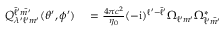
\begin{array} { r l } { Q _ { \lambda ^ { \prime } \ell ^ { \prime } m ^ { \prime } } ^ { \bar { \ell } ^ { \prime } \bar { m ^ { \prime } } } ( \theta ^ { \prime } , \phi ^ { \prime } ) } & { { } = \frac { 4 \pi c ^ { 2 } } { \eta _ { 0 } } ( - \mathrm { i } ) ^ { \ell ^ { \prime } - \bar { \ell } ^ { \prime } } \Omega _ { \ell ^ { \prime } m ^ { \prime } } \Omega _ { \bar { \ell } ^ { \prime } \bar { m ^ { \prime } } } ^ { * } } \end{array}